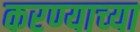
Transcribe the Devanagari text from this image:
करण्‍याच्‍या